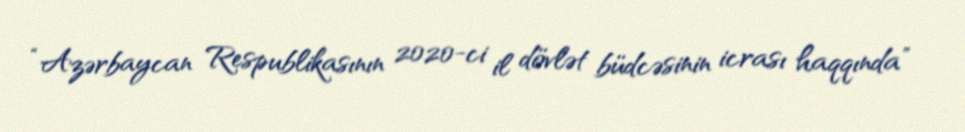
“Azərbaycan Respublikasının 2020-ci il dövlət büdcəsinin icrası haqqında”